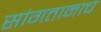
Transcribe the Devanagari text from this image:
सांगतानाच